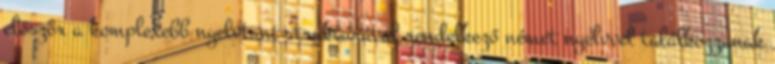
először a komplexebb nyelvtani struktúrával rendelkező német nyelvvel találkozzanak